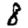
Digit: 8